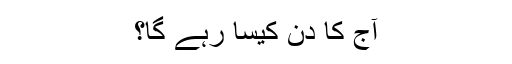
آج کا دن کیسا رہے گا؟